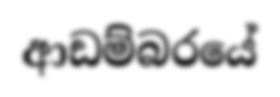
ආඩම්බරයේ